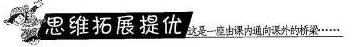
思维拓展提优这是一座由课内通向课外的桥梁……